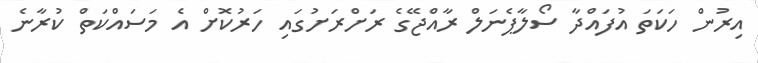
އިރުން ހަކަތަ އުފައްދާ ސޯލާޕެނަލް ރާއްޖޭގެ ރަށްރަށުގައި ހަރުކޮށް އެ މަސައްކަތް ކުރާނެ